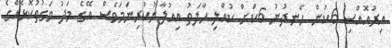
އިރުއޮއްސި 6ކުން ހެނދުނު 6ކަށް ކުއްލި ހާލަތު އިއުލާނުކުރިނަމަވެސް އޭގެ މަދު ވަގުތުކޮޅެއްގެ